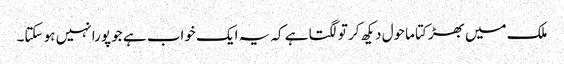
ملک میں بھڑکتا ماحول دیکھ کر تو لگتا ہے کہ یہ ایک خواب ہے جو پورا نہیں ہو سکتا۔